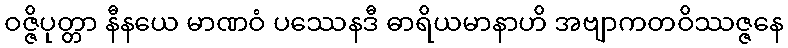
ဝဇ္ဇိပုတ္တာ နီနယေ မာဏဝံ ပဿေနဒီ ဓာရိယမာနာဟိ အဗျာကတဝိဿဇ္ဇနေ